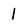
Character: 1